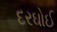
દરઘોઈ